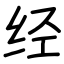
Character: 经